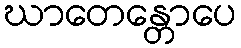
ဃာတေန္တောပေ